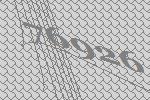
76926